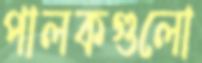
পালকগুলো